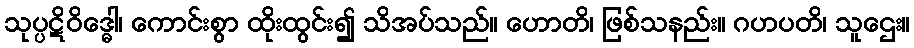
သုပ္ပဋိဝိဒ္ဓေါ၊ ကောင်းစွာ ထိုးထွင်း၍ သိအပ်သည်။ ဟောတိ၊ ဖြစ်သနည်း။ ဂဟပတိ၊ သူဌေး။